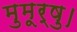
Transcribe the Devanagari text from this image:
मुमूर्षु।